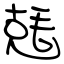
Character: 兞